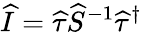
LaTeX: \widehat{I}=\widehat{\tau}\widehat{S}^{-1}\widehat{\tau}^{\dagger}